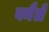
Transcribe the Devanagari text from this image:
वनैले